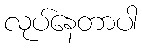
လုပ်နေတာပါ